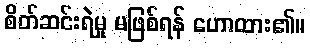
စိတ်ဆင်းရဲမှု မဖြစ်ရန် ဟောထား၏။